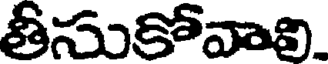
తీసుకోవాలి.